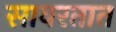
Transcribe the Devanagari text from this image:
सावरतात